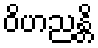
ဝိဟညန္တိ